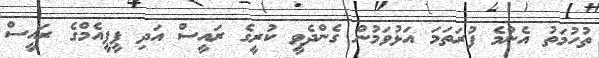
ތުހުމަތު އެންމެ ފުރަތަމަ އަޅުވަމުން ގެންދެވީ ކުރީގެ ރައީސް އަދި ޕީޕީއެމްގެ ރައީސް